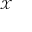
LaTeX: \scriptstyle { \mathcal { X } }